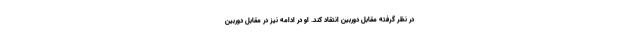
در نظر گرفته مقابل دوربین انتقاد کند. او در ادامه نیز در مقابل دوربین